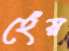
হেঁয়